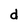
Character: d